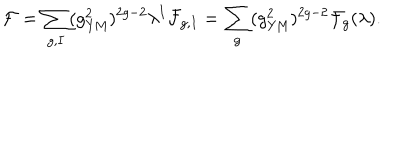
{ \cal F } = \sum _ { g , I } ( g _ { \mathrm { Y M } } ^ { 2 } ) ^ { 2 g - 2 } \lambda ^ { I } { \cal F } _ { g , I } = \sum _ { g } ( g _ { \mathrm { Y M } } ^ { 2 } ) ^ { 2 g - 2 } { \cal F } _ { g } ( \lambda ) .